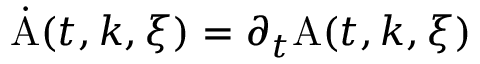
\dot { \mathrm { A } } ( t , k , \xi ) = \partial _ { t } \mathrm { A } ( t , k , \xi )